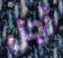
أجل